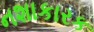
નશાકારક